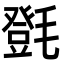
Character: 㲪